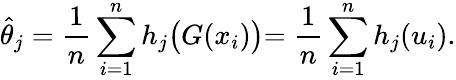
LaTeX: \widehat{\theta}_{j}=\frac{1}{n}\sum_{i=1}^{n}h_{j}\bigl(G(x_{i})\bigl)=\frac{1}{n}\sum_{i=1}^{n}h_{j}(u_{i}).